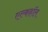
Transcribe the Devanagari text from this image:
एल्कहॉल